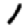
Digit: 1